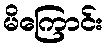
မိကြောင်း